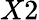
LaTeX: X2